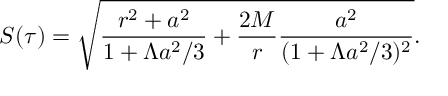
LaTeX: S ( \tau ) = \sqrt { \frac { r ^ { 2 } + a ^ { 2 } } { 1 + \Lambda a ^ { 2 } / 3 } + \frac { 2 M } { r } \frac { a ^ { 2 } } { ( 1 + \Lambda a ^ { 2 } / 3 ) ^ { 2 } } } .